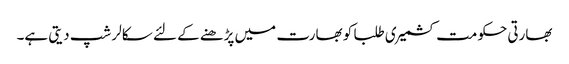
بھارتی حکومت کشمیری طلبا کو بھارت میں پڑھنے کے لئے سکالر شپ دیتی ہے۔